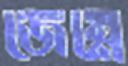
জেম্নে